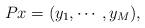
LaTeX: \begin{align*} Px = (y_1, \cdots, y_M ),\end{align*}